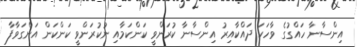
އިންސާނާ ހައްގުގެ ވާހަކަ ދައްކާއިރު އިންސާނާ ކުރަންވީ ކަންކަމާއި ނުކުރަންވީ ކަންކަން އަންގަވާފާ